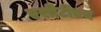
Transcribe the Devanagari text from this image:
एसीटीएच